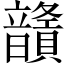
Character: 𩑅